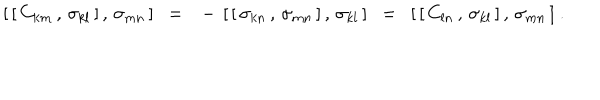
{ [ } \, [ \, C _ { k m } \, , \, \sigma _ { k l } \, ] \, , \, \sigma _ { m n } \, ] ~ ~ = ~ ~ - \, [ \, [ \, \sigma _ { k n } \, , \, \sigma _ { m n } \, ] \, , \, \sigma _ { k l } \, ] ~ ~ = ~ ~ [ \, [ \, C _ { l n } \, , \, \sigma _ { k l } \, ] \, , \, \sigma _ { m n } \, ] ~ . ~ ~ ~